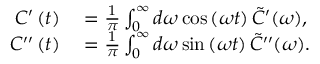
\begin{array} { r l } { C ^ { \prime } \left( t \right) } & { { } = \frac { 1 } { \pi } \int _ { 0 } ^ { \infty } d \omega \cos \left( \omega t \right) \tilde { C } ^ { \prime } ( \omega ) , } \\ { C ^ { \prime \prime } \left( t \right) } & { { } = \frac { 1 } { \pi } \int _ { 0 } ^ { \infty } d \omega \sin \left( \omega t \right) \tilde { C } ^ { \prime \prime } ( \omega ) . } \end{array}